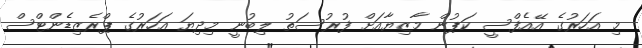
މި އަހަރުގެ އޭއެފްސީ ކަޕުން މާޒިޔާއަށް ފުރުސަތު ލިބުނީ މިދިޔަ އަހަރުގެ ޕްރެޒިޑެންޓްސް